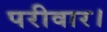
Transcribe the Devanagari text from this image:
परीवार।